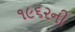
૧૯૬૨ની